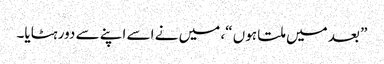
” بعد میں ملتا ہوں “، میں نے اسے اپنے سے دور ہٹایا۔